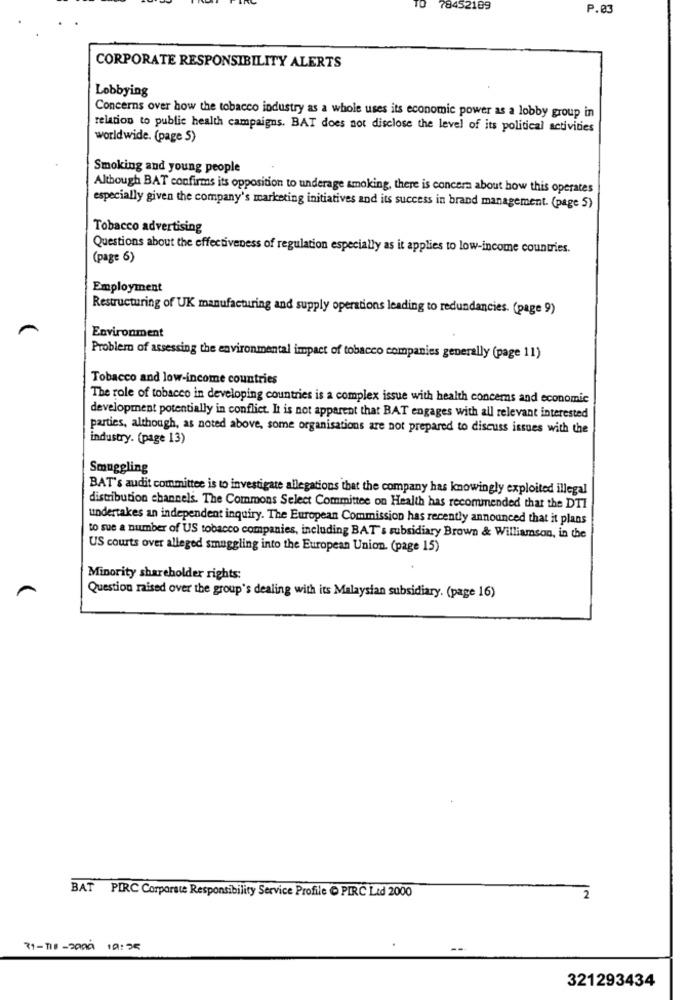
TO
78452109
P.03
CORPORATE RESPONSIBILITY ALERTS
Lobbying
Concerns over how the tobacco industry as a whole uses its economic power as a lobby group in
relation to public health campaigns. BAT does not disclose the level of its political activities
worldwide. (page S)
Smoking and young people
Although BAT confirms its opposition to underage smoking, there is concern about how this operates
especially given the company's marketing initiatives and its success in brand management. (page 5)
Tobacco advertising
Questions about the effectiveness of regulation especially as it applies to low-income countries.
(page 6)
Employment
Restructuring of UK manufacturing and supply operations leading to redundancies. (page 9)
Environment
Problem of assessing the environmental impact of tobacco companies generally (page 11)
Tobacco and low-income countries
The role of tobacco in developing countries is a complex issue with health concerns and economic
development potentially in conflict. It is not apparent that BAT engages with all relevant interested
parties, although, as noted above, some organisations are not prepared to discuss issues with the
industry. (page 13)
Smuggling
BAT's audit committee is to investigate allegations that the company has knowingly exploited illegal
distribution channels. The Commons Select Committee on Health has recommended that the DTI
undertakes an independent inquiry. The European Commission has recently announced that it plans
to sue a number of US tobacco companies, including BAT's subsidiary Brown & Williamson, in the
US courts over alleged smuggling into the European Union. (page 15)
Minority shareholder rights:
Question raised over the group's dealing with its Malaysian subsidiary. (page 16)
BAT PIRC Corporate Responsibility Service Profile O PIRC Lid 2000
31-118 -2009
10:35
321293434